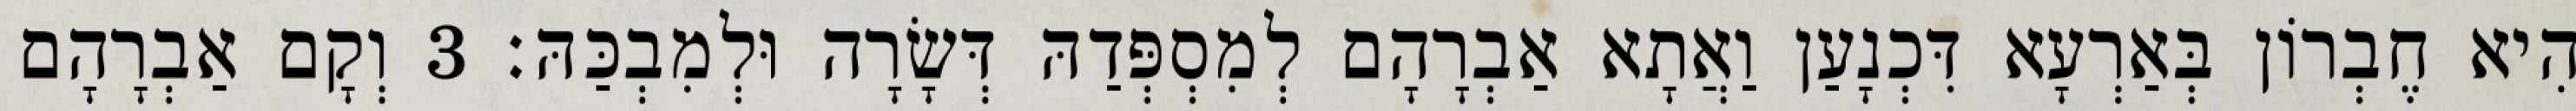
הִיא חֶבְרוֹן בְּאַרְעָא דִּכְנָעַן וַאֲתָא אַבְרָהָם לְמִסְפְּדַהּ דְּשָׂרָה וּלְמִבְכַּהּ׃ 3 וְקָם אַבְרָהָם